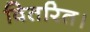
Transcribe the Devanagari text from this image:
वितरित।